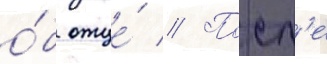
о́б отце́ // Посл'е